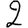
Digit: 2